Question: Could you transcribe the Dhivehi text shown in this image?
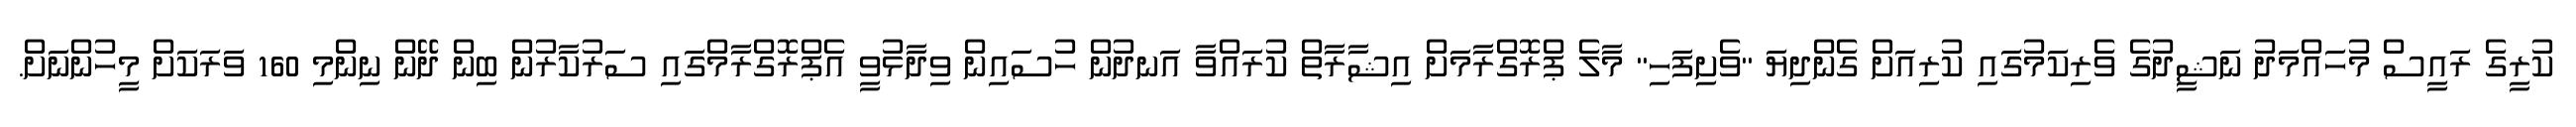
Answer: ކުރީގެ ރައީސް މުހައްމަދު ނަޝީދުގެ ވެރިކަމުގައި ކުރިއަށް ގެންދިޔަ "ވެށިފަހި" މާލެ ޕްރޮގްރާމަށް އިޝާރާތް ކުރައްވާ އަނދުން ހުސައިން ވިދާޅުވީ އެޕްރޮގްރާމްގައި ސަރުކާރުން ބިން ދޭން ނިންމި 160 ވަރަކަށް މީހުންނަށް.